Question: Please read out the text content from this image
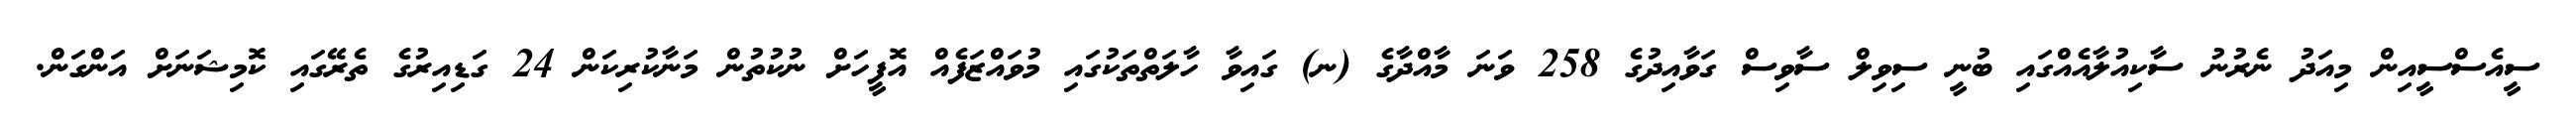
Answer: ސީއެސްސީއިން މިއަދު ނެރުނު ސާކިއުލާއެއްގައި ބުނީ ސިވިލް ސާވިސް ގަވާއިދުގެ 258 ވަނަ މާއްދާގެ (ނ) ގައިވާ ހާލަތްތަކުގައި މުވައްޒަފެއް އޮފީހަށް ނުކުތުން މަނާކުރިކަން 24 ގަޑިއިރުގެ ތެރޭގައި ކޮމިޝަނަށް އަންގަން.